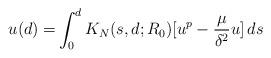
LaTeX: \begin{align*}u(d)=& \int_0^d K_N(s,d;R_0)[u^p-\frac{\mu}{\delta^2}u] \,ds\end{align*}